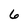
Character: 6